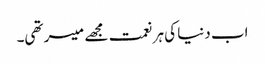
اب دنیا کی ہر نعمت مجھے میسر تھی۔